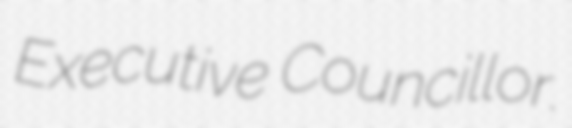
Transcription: Executive Councillor.